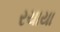
રચાયા